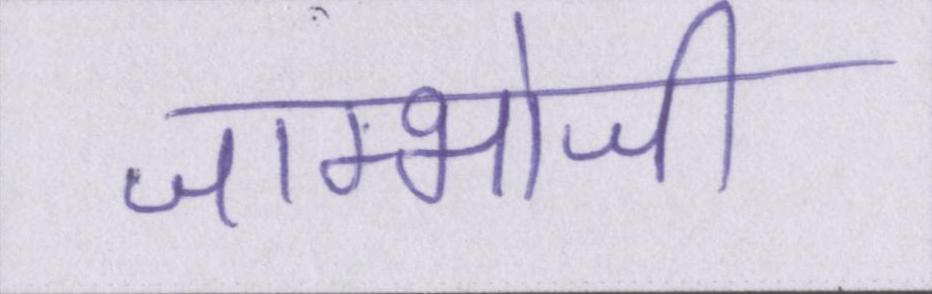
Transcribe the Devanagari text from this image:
जाम्भोजी